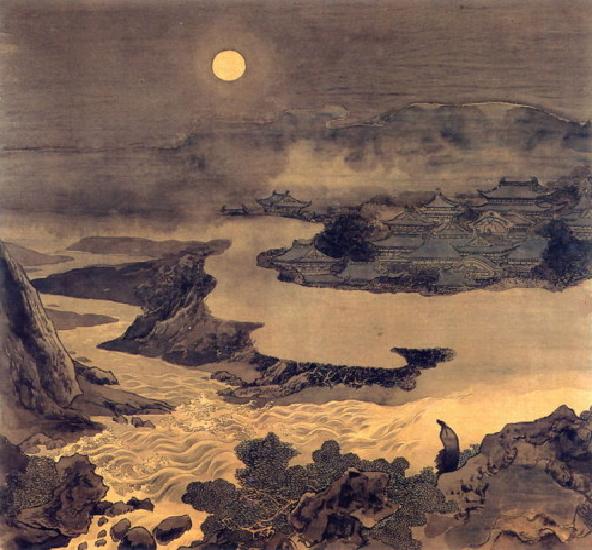
荆江日落阵云低，横戈跃马今何时。